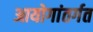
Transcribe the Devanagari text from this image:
आयोगांतर्गत